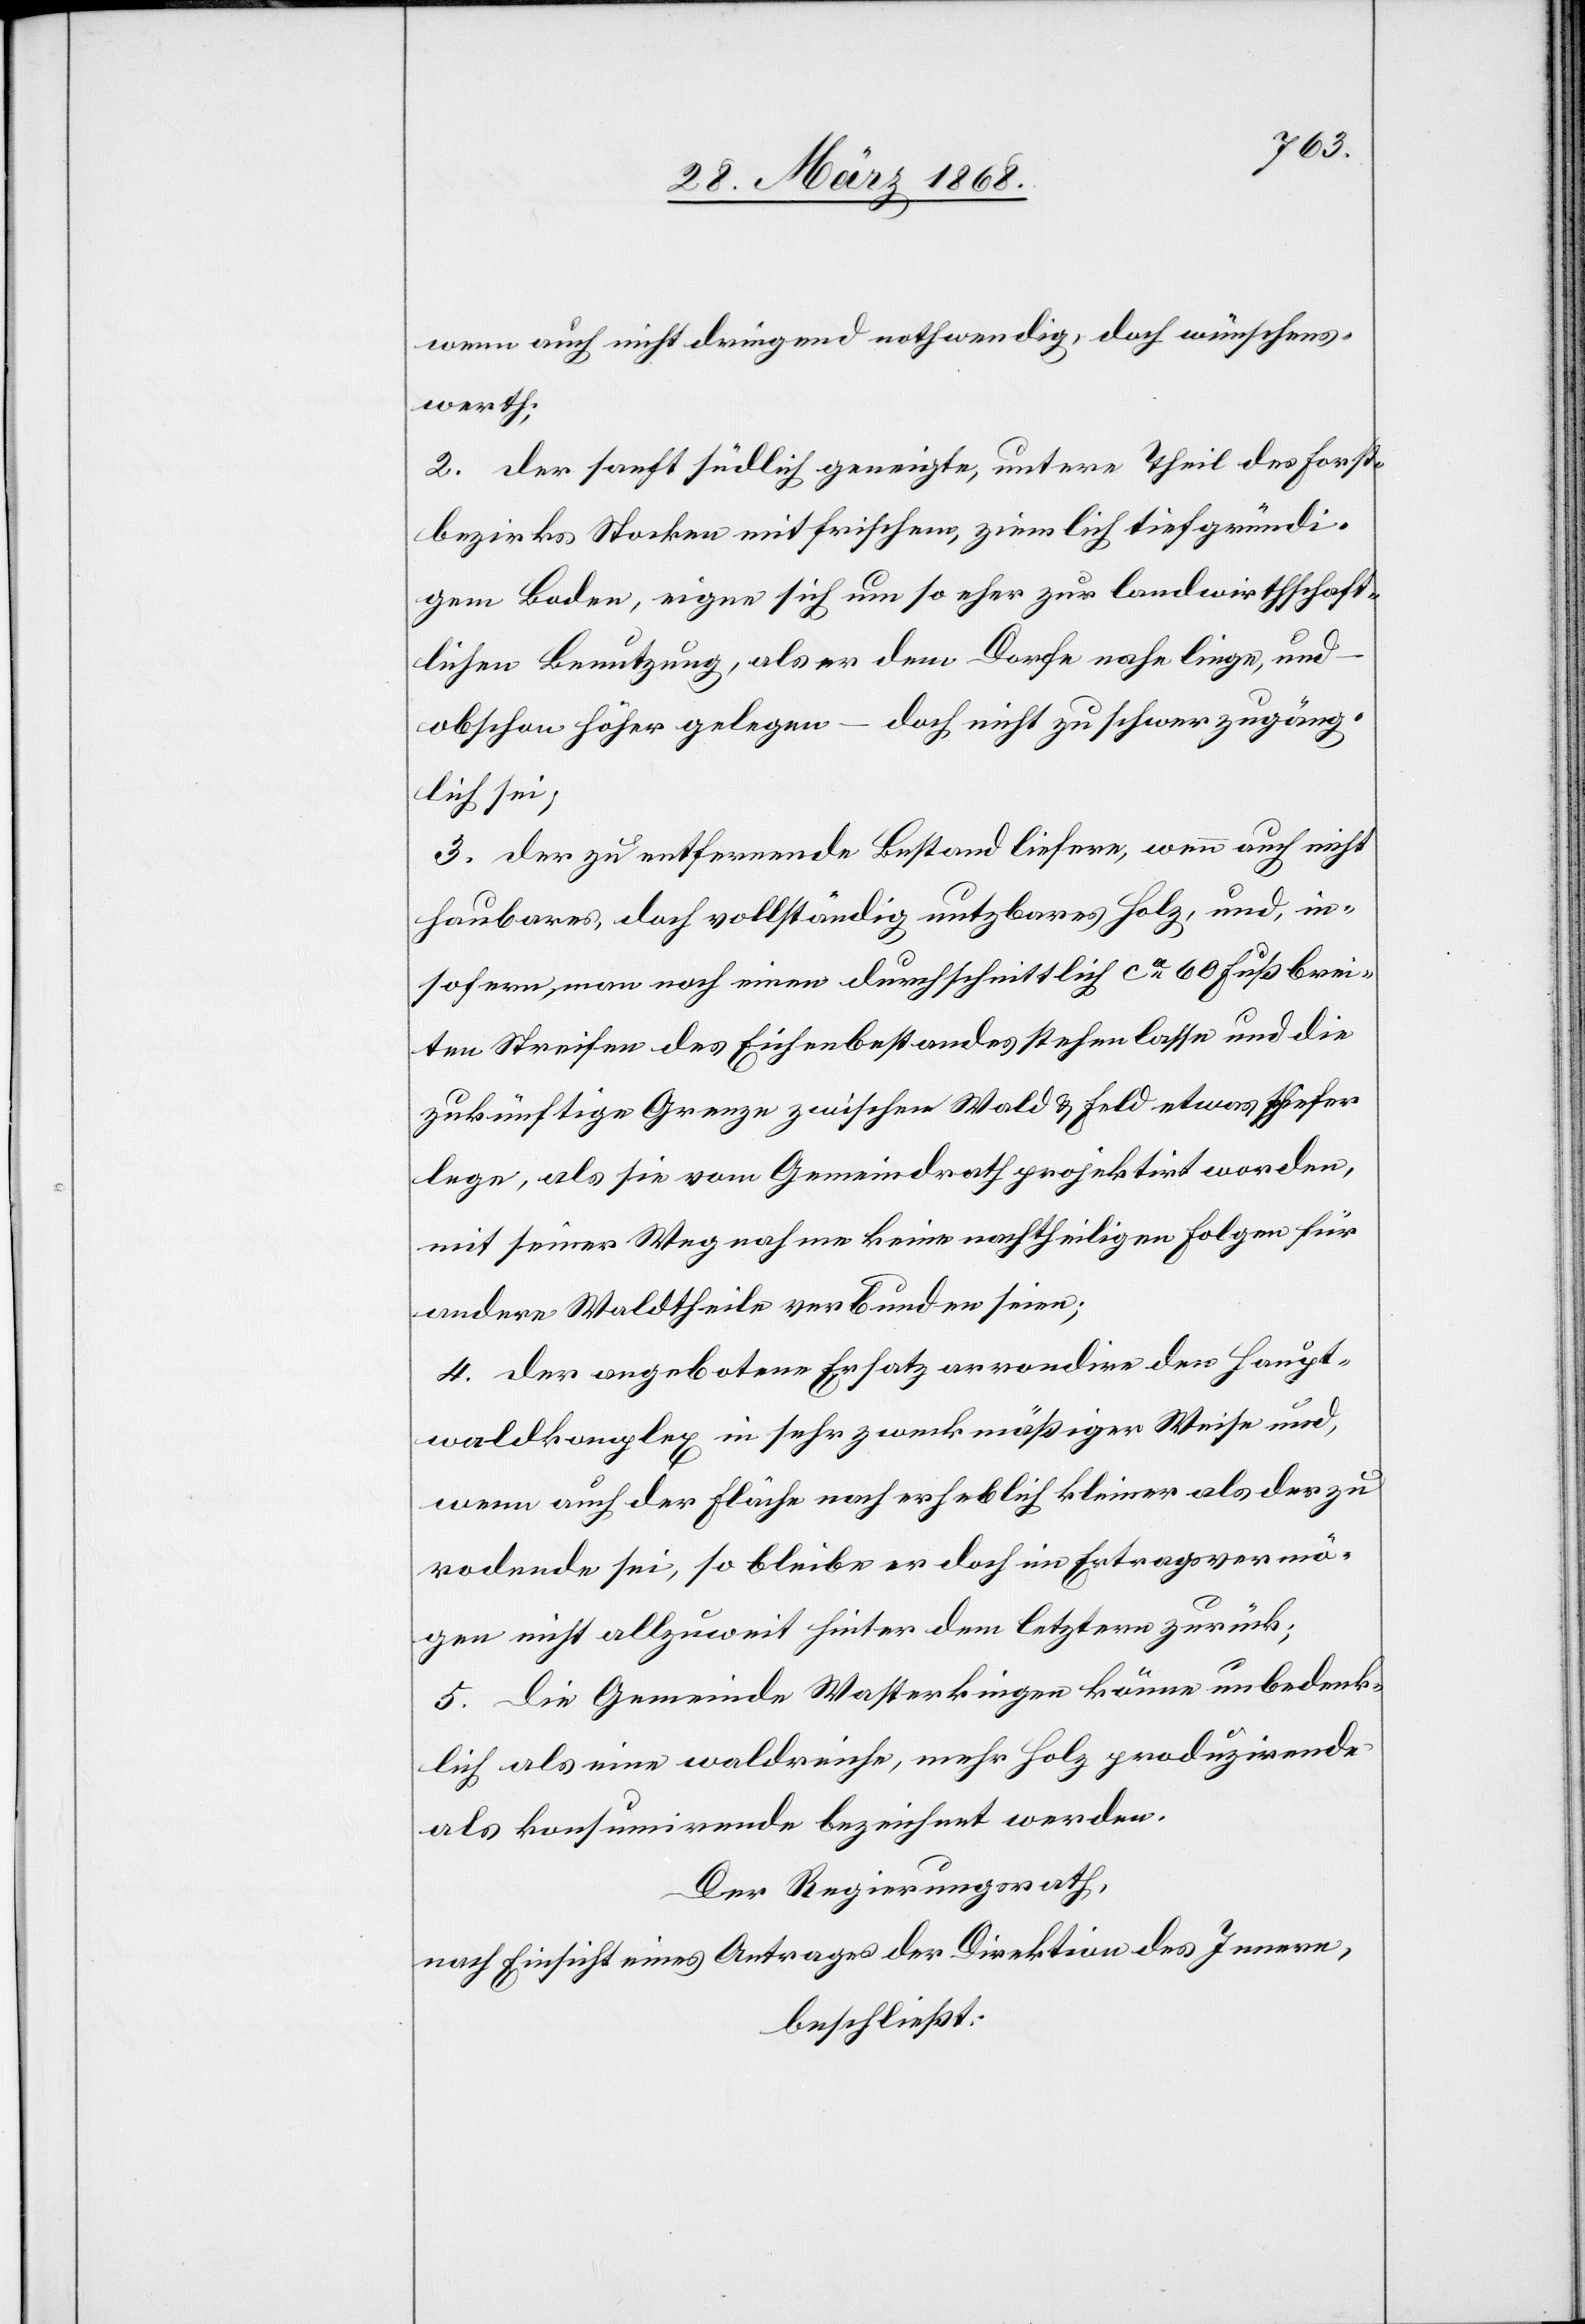
wenn auch nicht dringend nothwendig, doch wünschens¬
werth;
2. der sanft südlich geneigte, untere Theil des Forst¬
bezirkes Stocken mit frischem, ziemlich tiefgründi¬
gem Boden, eigne sich um so eher zur landwirthschaft¬
lichen Benutzung, als er dem Dorfe nahe liege, und
obschon höher gelegen – doch nicht zu schwer zugäng¬
lich sei;
3. der zu entfernende Bestand liefere, wenn auch nicht
haubares, doch vollständig nutzbares Holz, und, in¬
sofern man noch einen durchschnittlich ca. 60 Fuß brei¬
ten Streifen des Eichenbestandes stehen lasse und die
zukünftige Grenze zwischen Wald & Feld etwas [?sch]iefer
lege, als sie vom Gemeindrath projektirt worden,
mit seiner Wegnahme keine nachtheiligen Folgen für
andere Waldtheile verbunden seien;
4. der angebotene Ersatz arrondire den Haupt¬
waldkomplex in sehr zweckmäßiger Weise und,
wenn [er] auch der Fläche nach erheblich kleiner als der zu
rodende sei, so bleibe er doch im Ertragsvermö¬
gen nicht allzuweit hinter dem letztern zurück;
5. die Gemeinde Wasterkingen könne unbedenk¬
lich als eine waldreiche, mehr Holz produzirende
als konsumirende bezeichnet werden.
Der Regierungsrath,
nach Einsicht eines Antrages der Direktion des Innern,
beschließt: